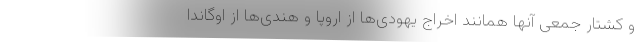
و کشتار جمعی آنها همانند اخراج یهودی‌ها از اروپا و هندی‌ها از اوگاندا